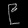
Digit: ၉